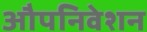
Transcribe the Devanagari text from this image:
औपनिवेशन